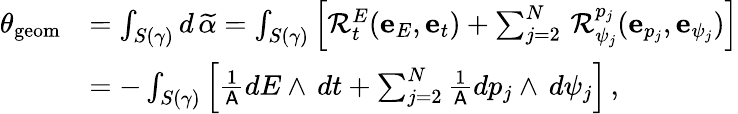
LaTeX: \begin{array}{rl}{\theta_{\mathrm{geom}}}&{=\int_{S(\gamma)}d\, \widetilde{\alpha}=\int_{S(\gamma)}\left[\mathcal{R}_{t}^{E}(\mathbf{e}_{E},\mathbf{e}_{t})+\sum_{j=2}^{N}\, \mathcal{R}_{\psi_{j}}^{p_{j}}(\mathbf{e}_{p_{j}},\mathbf{e}_{\psi_{j}})\right]}\\ &{=-\int_{S(\gamma)}\left[\frac{1}{\mathsf{A}}dE\wedge\, dt+\sum_{j=2}^{N}\frac{1}{\mathsf{A}}dp_{j}\wedge\, d\psi_{j}\right]\, ,}\end{array}